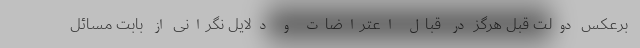
برعکس دولت قبل هرگز در قبال اعتراضات و دلایل نگرانی از بابت مسائل